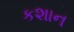
કશાન